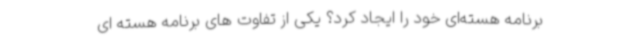
برنامه هسته‌ای خود را ایجاد کرد؟ یکی از تفاوت های برنامه هسته ای